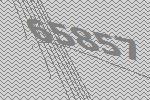
65857